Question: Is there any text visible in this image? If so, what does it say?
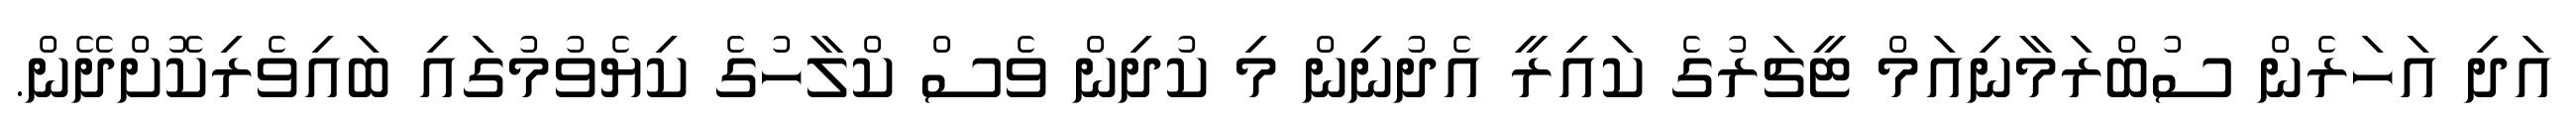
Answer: އަދި އަހަރެން ސުބްރަމާނިއަމް ޓީޗަރުގެ ކައިރީ އެދުނިން މި ކުދިން ވެސް ކްލާހުގެ ކިޔެވުމުގައި ބައިވެރިކޮށްދޭން.